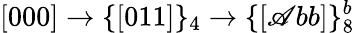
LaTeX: [000]\rightarrow\{ [011]\} _{4}\rightarrow\{ [\mathscr{A}bb]\} _{8}^{b}